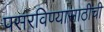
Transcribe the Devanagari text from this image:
पसरविण्यासाठीची